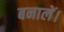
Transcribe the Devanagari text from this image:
बनालें।